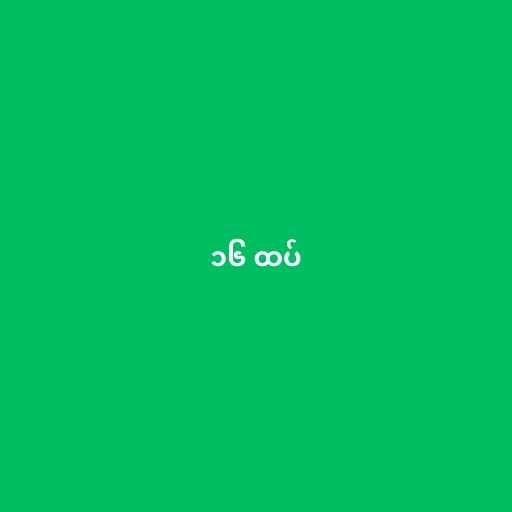
၁၆ ထပ်